Annual report of the Madras Medical College
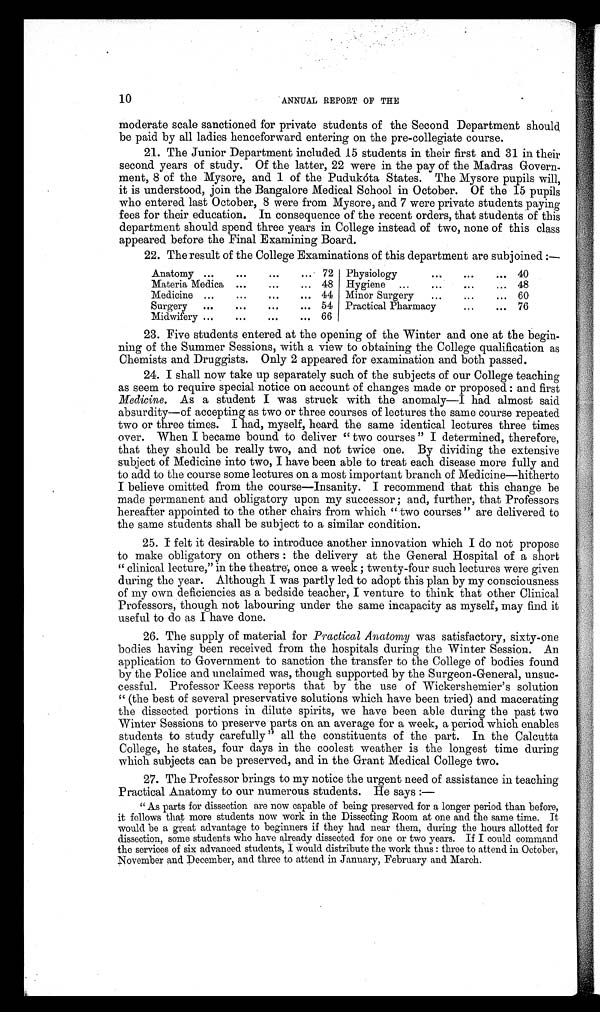
10
ANNUAL REPORT OF THE
moderate scale sanctioned for private students of the Second Department should
be paid by all ladies henceforward entering on the pre-collegiate course.
21. The Junior Department included 15 students in their first and 31 in their
second years of study. Of the latter, 22 were in the pay of the Madras Govern
ment, 8 of the Mysore, and 1 of the Pudukóta States. The Mysore pupils will,
it is understood, join the Bangalore Medical School in October. Of the 15 pupils
who entered last October, 8 were from Mysore, and 7 were private students paying
fees for their education. In consequence of the recent orders, that students of this
department should spend three years in College instead of two, none of this class
appeared before the Final Examining Board.
22. The result of the College Examinations of this department are subjoined:—
Anatomy
72
Physiology
40
Materia Medica
48
Hygiene
48
Medicine
44
Minor Surgery
60
Surgery
54
Practical Pharmacy
76
Midwifery
66
23. Five students entered at the opening of the Winter and one at the begin
ning of the Summer Sessions, with a view to obtaining the College qualification as
Chemists and Druggists. Only 2 appeared for examination and both passed.
24. I shall now take up separately such of the subjects of our College teaching
as seem to require special notice on account of changes made or proposed: and first
Medicine . As a student I was struck with the anomaly—I had almost said
absurdity—of accepting as two or three courses of lectures the same course repeated
two or three times. I had, myself, heard the same identical lectures three times
over. When I became bound to deliver "two courses" I determined, therefore,
that they should be really two, and not twice one. By dividing the extensive
subject of Medicine into two, I have been able to treat each disease more fully and
to add to the course some lectures on a most important branch of Medicine—hitherto
I believe omitted from the course—Insanity. I recommend that this change be
made permanent and obligatory upon my successor; and, further, that Professors
hereafter appointed to the other chairs from which "two courses" are delivered to
the same students shall be subject to a similar condition.
25. I felt it desirable to introduce another innovation which I do not propose
to make obligatory on others: the delivery at the General Hospital of a short
"clinical lecture," in the theatre, once a week; twenty-four such lectures were given
during the year. Although I was partly led to adopt this plan by my consciousness
of my own deficiencies as a bedside teacher, I venture to think that other Clinical
Professors, though not labouring under the same incapacity as myself, may find it
useful to do as I have done.
26. The supply of material for Practical Anatomy was satisfactory, sixty-one
bodies having been received from the hospitals during the Winter Session. An
application to Government to sanction the transfer to the College of bodies found
by the Police and unclaimed was, though supported by the Surgeon-General, unsuc
cessful. Professor Keess reports that by the use of Wickershemier's solution
"(the best of several preservative solutions which have been tried) and macerating
the dissected portions in dilute spirits, we have been able during the past two
Winter Sessions to preserve parts on an average for a week, a period which enables
students to study carefully" all the constituents of the part. In the Calcutta
College, he states, four days in the coolest weather is the longest time during
which subjects can be preserved, and in the Grant Medical College two.
27. The Professor brings to my notice the urgent need of assistance in teaching
Practical Anatomy to our numerous students. He says:
—
"As parts for dissection are now capable of being preserved for a longer period than before,
it follows that more students now work in the Dissecting Room at one and the same time. It
would be a great advantage to beginners if they had near them, during the hours allotted for
dissection, some students who have already dissected for one or two years. If I could command
the services of six advanced students, I would distribute the work thus: three to attend in October,
Novembers and December, and three to attend in January, February and March.